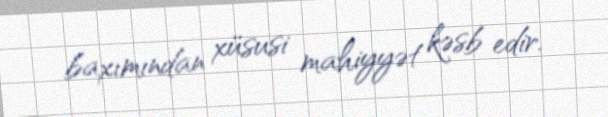
baxımından xüsusi mahiyyət kəsb edir.